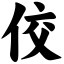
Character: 佼